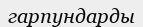
гарпундарды